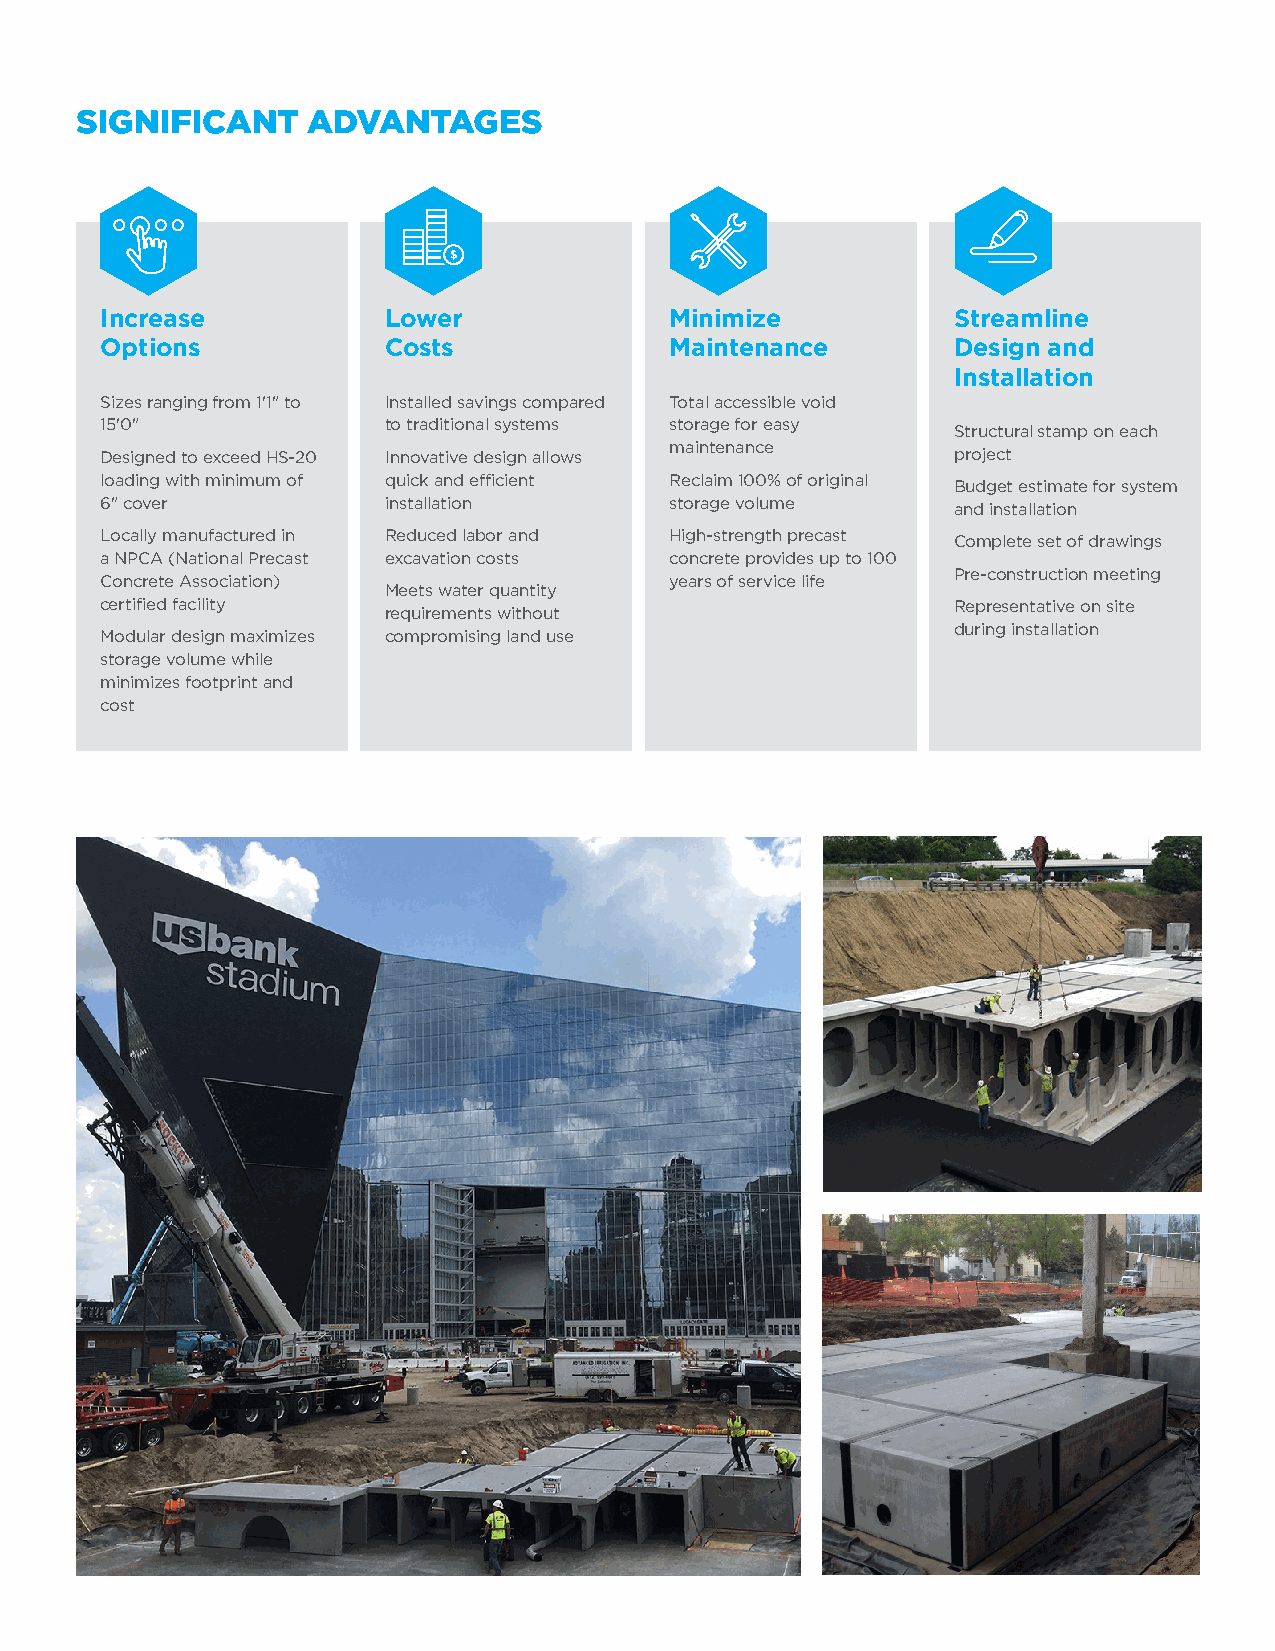
Increase          Lower              Minimize           Streamline
 Options           Costs              Maintenance        Design and
 Installation
 Sizes ranging from 1'1" to Installed savings compared Total accessible void
 15'0"             to traditional systems storage for easy Structural stamp on each
 Designed to exceed HS-20 Innovative design allows maintenance project
 loading with minimum of quick and efficient Reclaim 100% of original Budget estimate for system
 6" cover          installation       storage volume     and installation
 Locally manufactured in Reduced labor and High-strength precast Complete set of drawings
 a NPCA (National Precast excavation costs concrete provides up to 100
 Pre-construction meeting
 Concrete Association)                years of service life
 Meets water quantity
 certified facility                                      Representative on site
 requirements without
 during installation
 Modular design maximizes compromising land use
 storage volume while
 minimizes footprint and
 cost